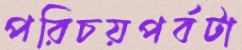
পরিচয়পর্বটা